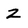
Character: Z